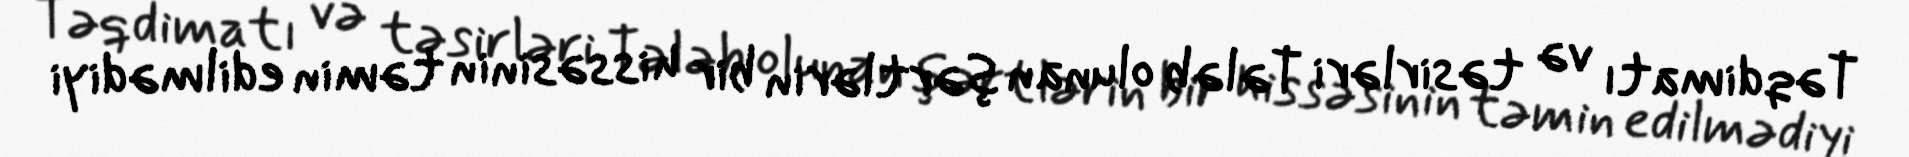
Təqdimatı və təsirləri Tələb olunan şərtlərin bir hissəsinin təmin edilmədiyi